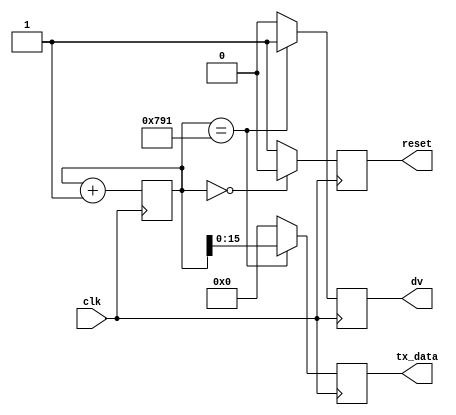
`timescale 1ns / 1ps
//////////////////////////////////////////////////////////////////////////////////
// Company: 
// Engineer: 
// 
// Design Name: 
// Module Name: tx_cntrl
// Project Name: 
// Target Devices: 
// Tool Versions: 
// Description: 
// 
// Dependencies: 
// 
// Revision:
// Revision 0.01 - File Created
// Additional Comments:
// 
//////////////////////////////////////////////////////////////////////////////////


module tx_cntrl ( input clk,
                  output reset,
                  output [15:0] tx_data,
                  output dv
                  );

reg [20:0] cntr=0;
reg dv_reg=0;
reg spi_rst=1;
reg [15:0] tx_data_reg;

always @ (posedge clk)
begin
    cntr<=cntr+1;
    if (cntr == 0)
        spi_rst<=0;
    else
        spi_rst<=1;
    if (cntr == 1937)
    begin    tx_data_reg<=cntr[15:0];
             dv_reg<=1;
    end
    else
    begin
            tx_data_reg<=0;
            dv_reg<=0;
    end
 end
 
 assign tx_data = tx_data_reg;
 assign dv  = dv_reg;
 assign reset = spi_rst;
 
 endmodule